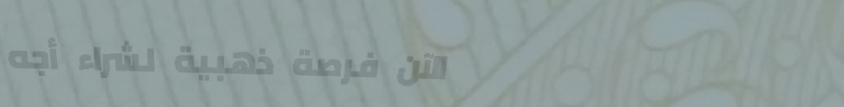
الآن فرصة ذهبية لشراء أجه